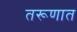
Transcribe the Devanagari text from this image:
तरूणात